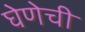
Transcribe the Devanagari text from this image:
घेणेची